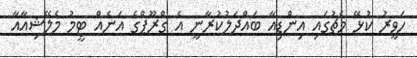
ހަވީރު ކުޅޭ މެޗުގައި އިންޑިއާ ބައްދަލުކުރާނީ އެ ގްރޫޕްގެ އަނެއް ޓީމު މެލޭޝިއާއާ